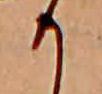
か